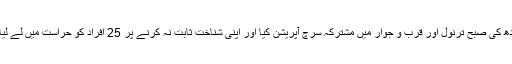
پولیس ، رینجرز اور حساس اداروں نے بدھ کی صبح ترنول اور قرب و جوار میں مشترکہ سرچ آپریشن کیا اور اپنی شناخت ثابت نہ کرنے پر 25 افراد کو حراست میں لے لیا، ان میں چھ افغان باشندے بھی شامل ہیں۔